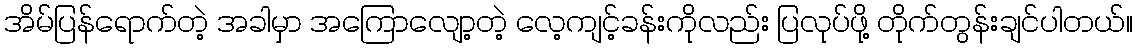
အိမ်ပြန်ရောက်တဲ့ အခါမှာ အကြောလျော့တဲ့ လေ့ကျင့်ခန်းကိုလည်း ပြလုပ်ဖို့ တိုက်တွန်းချင်ပါတယ်။